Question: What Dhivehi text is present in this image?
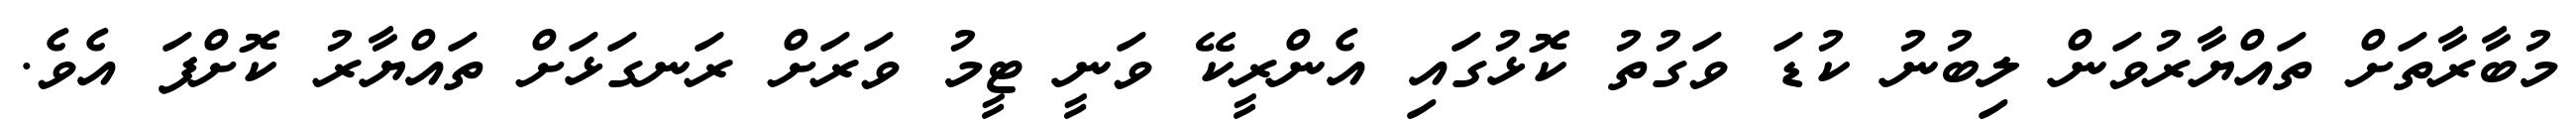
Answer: މުބާރާތަށް ތައްޔާރުވަން ލިބުނު ކުޑަ ވަގުތު ކޮޅުގައި އެންރީކޭ ވަނީ ޓީމު ވަރަށް ރަނގަޅަށް ތައްޔާރު ކޮށްފަ އެވެ.